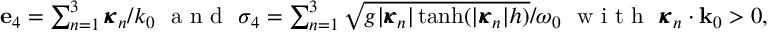
\begin{array} { r } { \mathbf { e } _ { 4 } = \sum _ { n = 1 } ^ { 3 } \pmb { \kappa } _ { n } / k _ { 0 } ~ \mathrm { ~ a ~ n ~ d ~ } ~ \sigma _ { 4 } = \sum _ { n = 1 } ^ { 3 } \sqrt { g | \pmb { \kappa } _ { n } | \operatorname { t a n h } ( | \pmb { \kappa } _ { n } | h ) } / \omega _ { 0 } ~ \mathrm { ~ w ~ i ~ t ~ h ~ } ~ \pmb { \kappa } _ { n } \cdot \mathbf { k } _ { 0 } > 0 , } \end{array}